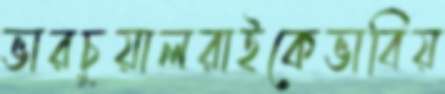
ভারচুয়ালরাইকেভাবিয়